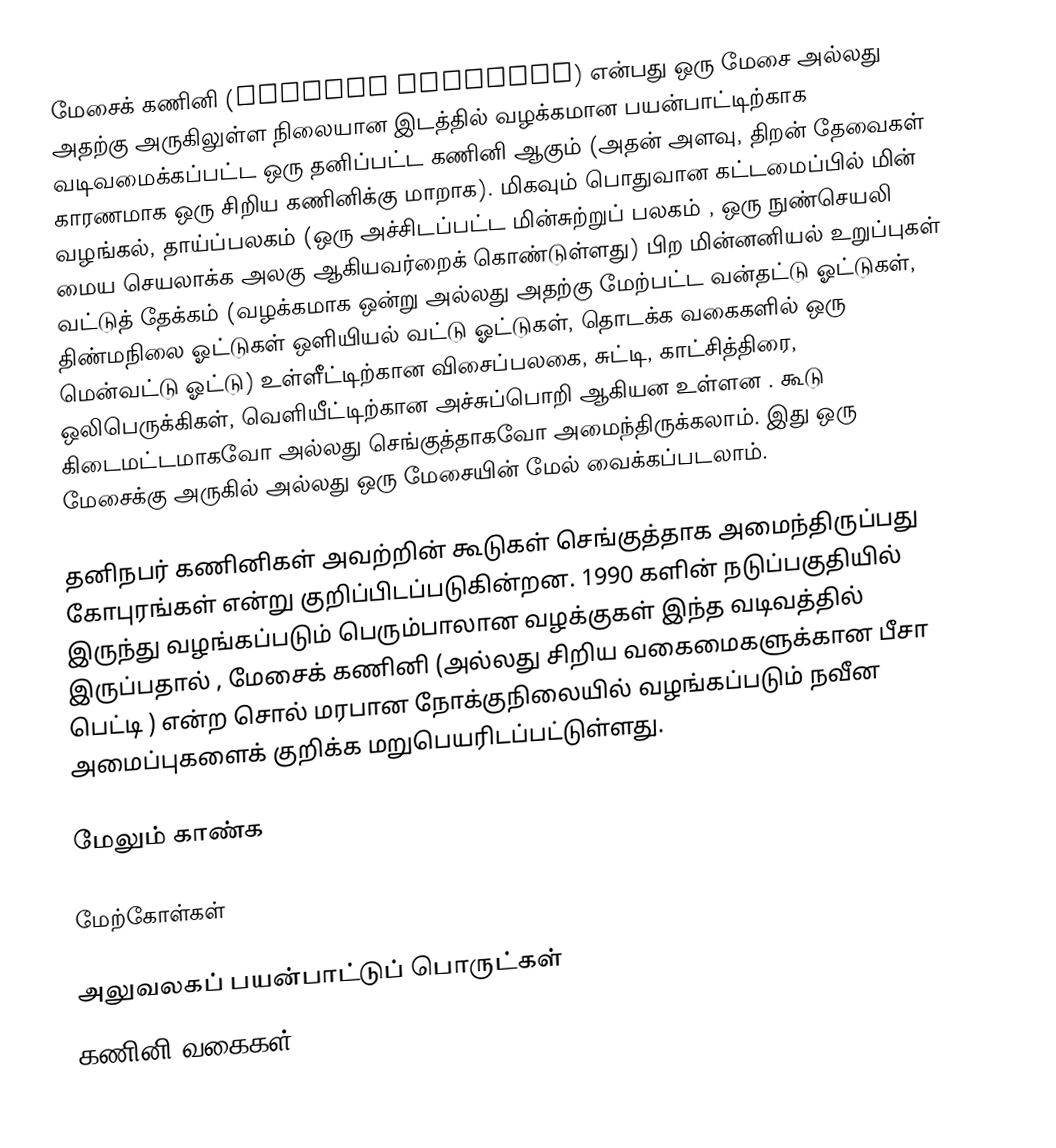
மேசைக் கணினி (desktop computer) என்பது ஒரு மேசை அல்லது அதற்கு அருகிலுள்ள நிலையான இடத்தில் வழக்கமான பயன்பாட்டிற்காக வடிவமைக்கப்பட்ட ஒரு தனிப்பட்ட கணினி ஆகும் (அதன் அளவு,  திறன் தேவைகள் காரணமாக ஒரு சிறிய கணினிக்கு மாறாக). மிகவும் பொதுவான கட்டமைப்பில் மின் வழங்கல், தாய்ப்பலகம் (ஒரு அச்சிடப்பட்ட மின்சுற்றுப் பலகம் , ஒரு நுண்செயலி மைய செயலாக்க அலகு ஆகியவர்றைக் கொண்டுள்ளது) பிற மின்னனியல் உறுப்புகள் வட்டுத் தேக்கம் (வழக்கமாக ஒன்று அல்லது அதற்கு மேற்பட்ட வன்தட்டு ஓட்டுகள், திண்மநிலை  ஓட்டுகள்  ஒளியியல் வட்டு ஓட்டுகள், தொடக்க வகைகளில் ஒரு மென்வட்டு ஓட்டு) உள்ளீட்டிற்கான விசைப்பலகை, சுட்டி, காட்சித்திரை,  ஒலிபெருக்கிகள்,  வெளியீட்டிற்கான   அச்சுப்பொறி ஆகியன உள்ளன . கூடு கிடைமட்டமாகவோ அல்லது செங்குத்தாகவோ அமைந்திருக்கலாம்.  இது ஒரு மேசைக்கு அருகில் அல்லது ஒரு மேசையின் மேல் வைக்கப்படலாம்.

தனிநபர் கணினிகள் அவற்றின் கூடுகள் செங்குத்தாக அமைந்திருப்பது கோபுரங்கள் என்று குறிப்பிடப்படுகின்றன. 1990 களின் நடுப்பகுதியில் இருந்து வழங்கப்படும் பெரும்பாலான வழக்குகள் இந்த வடிவத்தில் இருப்பதால் , மேசைக் கணினி (அல்லது சிறிய வகைமைகளுக்கான பீசா பெட்டி  ) என்ற சொல் மரபான நோக்குநிலையில் வழங்கப்படும் நவீன  அமைப்புகளைக் குறிக்க மறுபெயரிடப்பட்டுள்ளது.

மேலும் காண்க

மேற்கோள்கள்

அலுவலகப் பயன்பாட்டுப் பொருட்கள்
கணினி வகைகள்